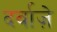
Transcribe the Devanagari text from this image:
दर्वाज़े